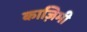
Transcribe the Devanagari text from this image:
काज़िमी